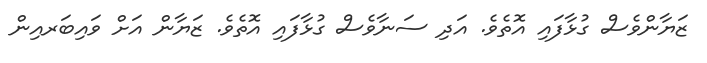
ޒަޔާންވެސް ގުޅާފައި އޮތެވެ. އަދި ސަނާވެސް ގުޅާފައި އޮތެވެ. ޒަޔާން އަށް ވައިބަރއިން